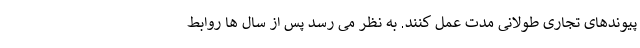
پیوندهای تجاری طولانی مدت عمل كنند. به نظر می رسد پس از سال ها روابط